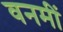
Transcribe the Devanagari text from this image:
वनमीं